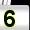
Digit: 5